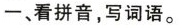
一、看拼音，写词语。